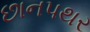
છાનપથર